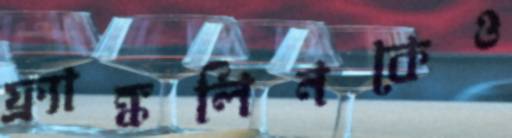
ফ্র্যাঙ্কলিনকেও